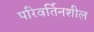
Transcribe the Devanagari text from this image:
परिवर्तिनशील